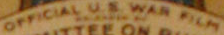
OFFICIAL U.S. WAR FILM